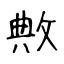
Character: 敟